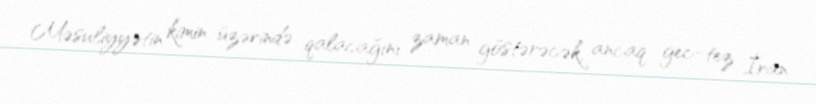
Məsuliyyətin kimin üzərində qalacağını zaman göstərəcək, ancaq gec-tez İran